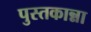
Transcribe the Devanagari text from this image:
पुस्तकान्ना